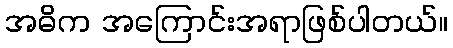
အဓိက အကြောင်းအရာဖြစ်ပါတယ်။